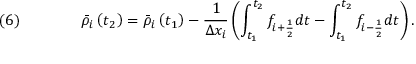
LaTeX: \quad ( 6 ) \qquad \qquad { \bar { \rho } } _ { i } \left( t _ { 2 } \right) = { \bar { \rho } } _ { i } \left( t _ { 1 } \right) - { \frac { 1 } { \Delta x _ { i } } } \left( \int _ { t _ { 1 } } ^ { t _ { 2 } } f _ { i + { \frac { 1 } { 2 } } } d t - \int _ { t _ { 1 } } ^ { t _ { 2 } } f _ { i - { \frac { 1 } { 2 } } } d t \right) .